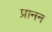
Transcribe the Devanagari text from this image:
प्रानन